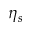
\eta _ { s }